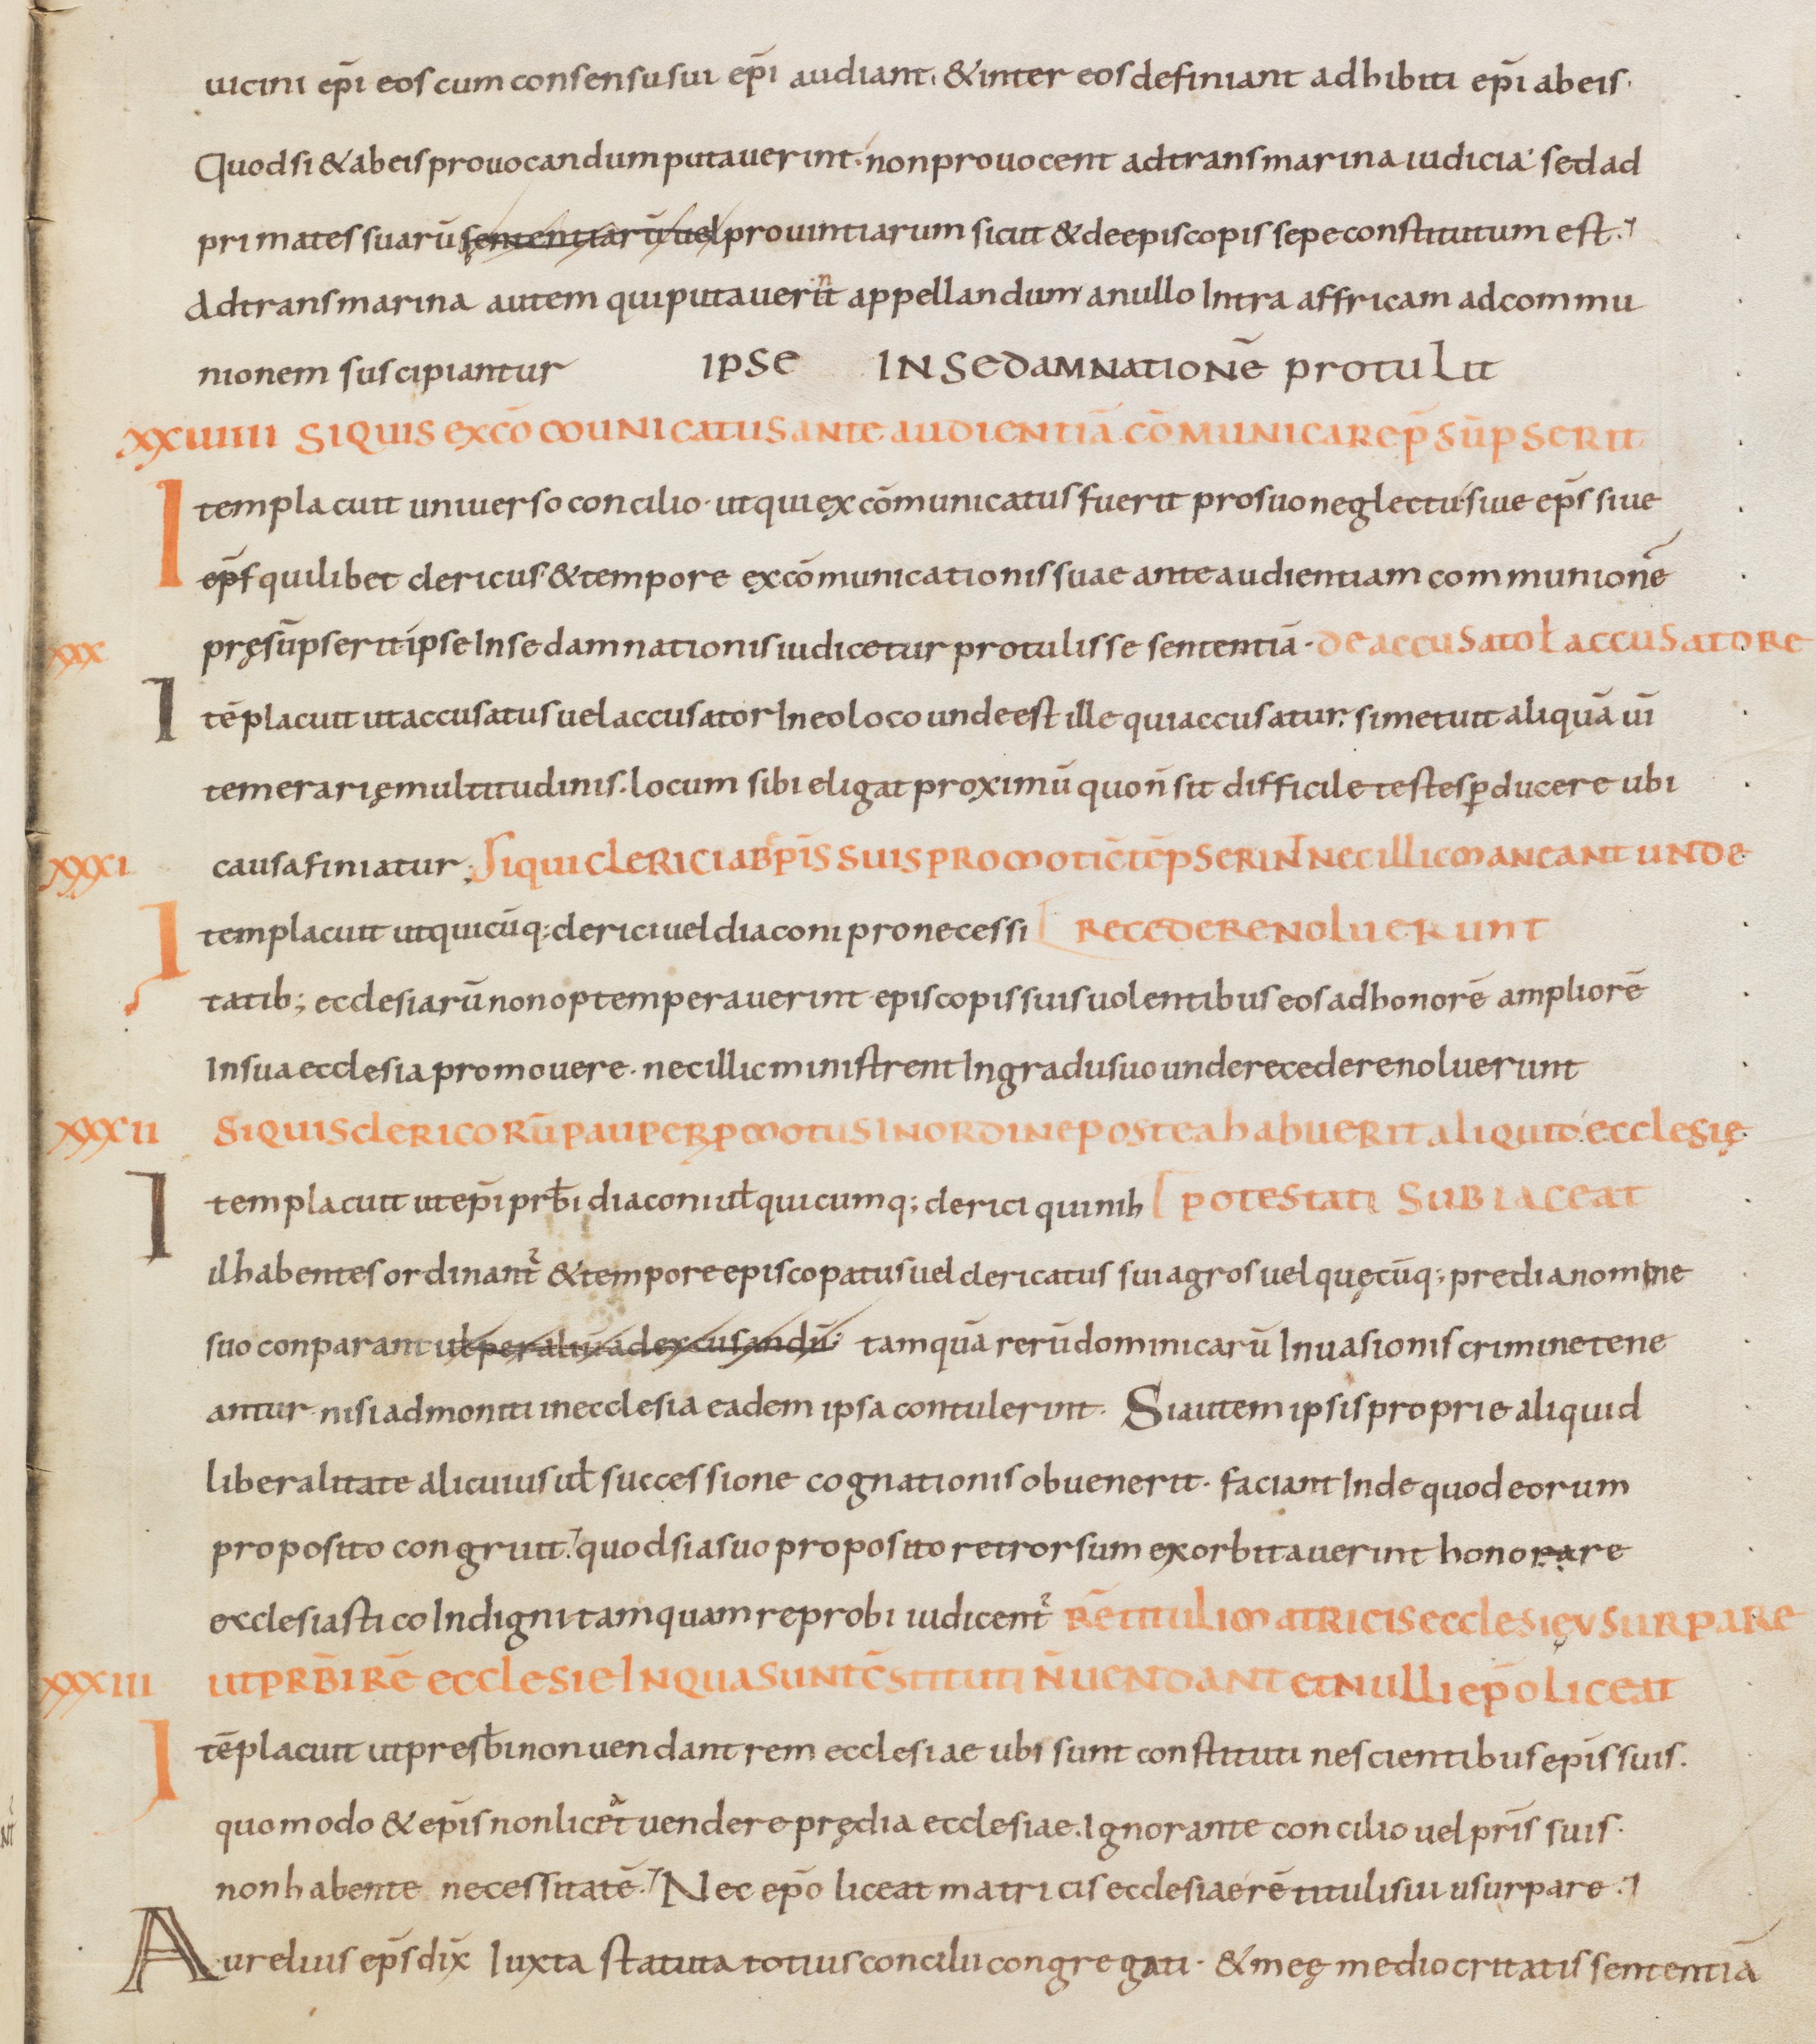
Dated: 805–865